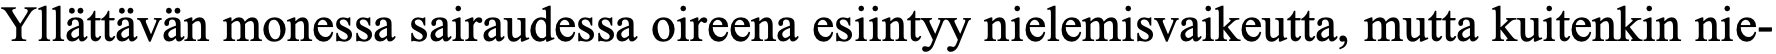
Yllättävän monessa sairaudessa oireena esiintyy nielemisvaikeutta, mutta kuitenkin nie-